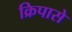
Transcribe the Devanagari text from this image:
क्रिपासे